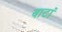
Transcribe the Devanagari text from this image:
बाटां